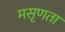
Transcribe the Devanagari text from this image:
मसृणता